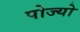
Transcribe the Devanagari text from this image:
पोज्यो